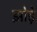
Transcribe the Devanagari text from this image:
झोड़े